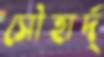
সৌহার্দ্